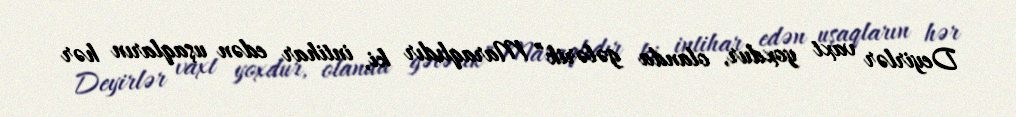
Deyirlər vaxt yoxdur, olanda gələrik” Maraqlıdır ki, intihar edən uşaqların hər